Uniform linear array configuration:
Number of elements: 32
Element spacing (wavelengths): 0.75
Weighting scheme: blackman
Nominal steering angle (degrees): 30
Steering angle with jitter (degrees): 29.596
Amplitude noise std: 0.05
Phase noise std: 0.05

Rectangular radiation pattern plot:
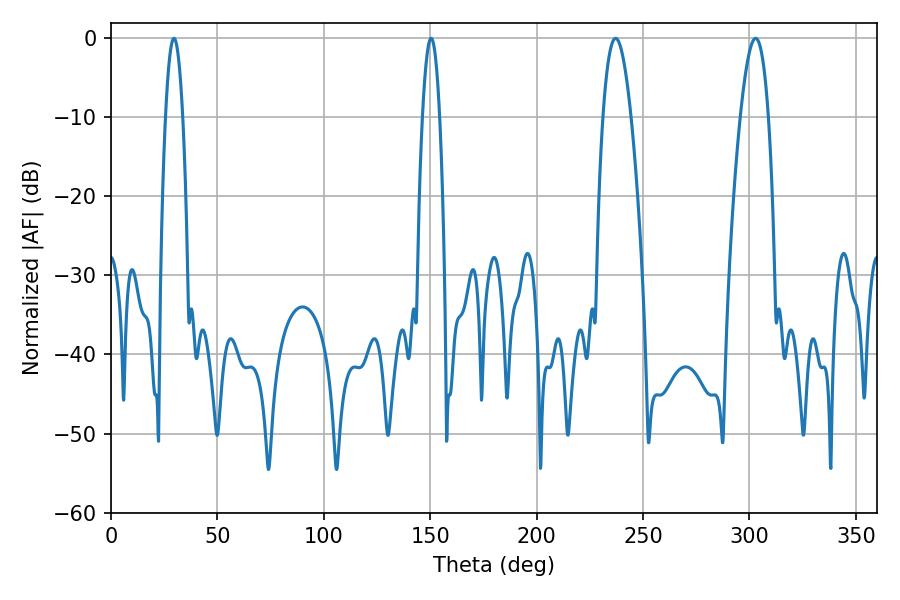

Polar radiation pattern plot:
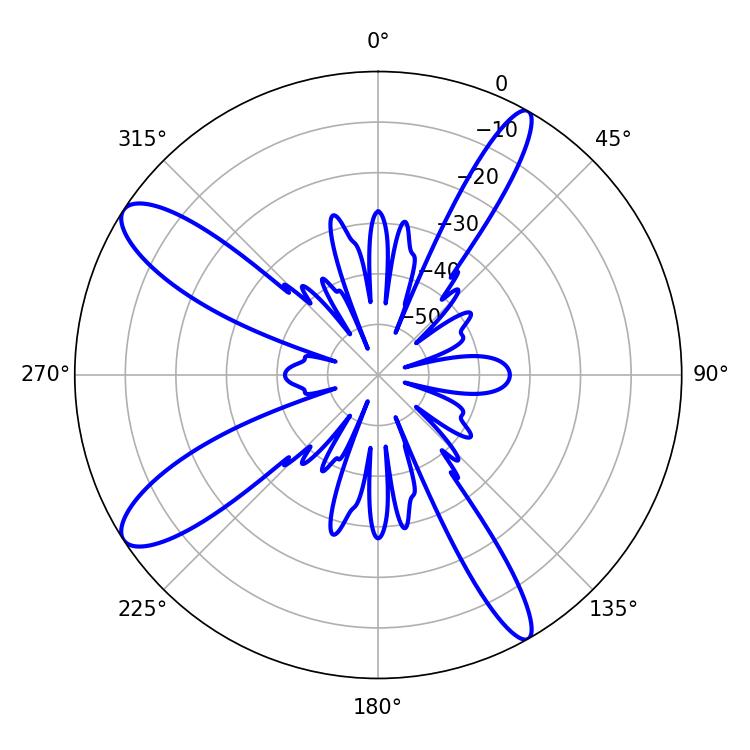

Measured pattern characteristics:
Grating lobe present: TRUE
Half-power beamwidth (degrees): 7.2
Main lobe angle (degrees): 237.06